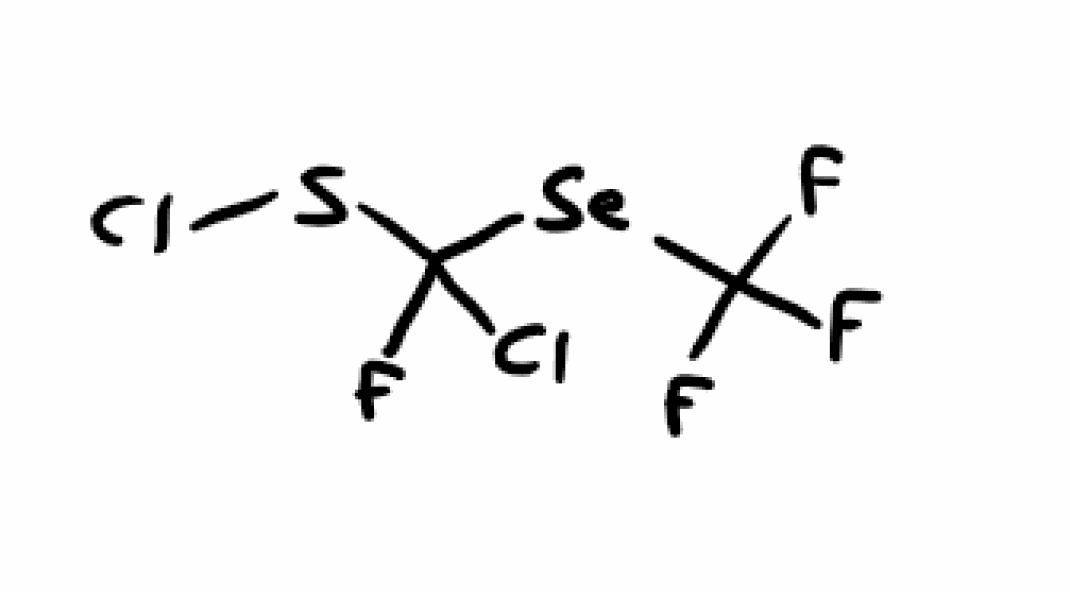
Simplified molecular-input line-entry system (SMILES) notation of the given molecule:
C(F)(F)(F)[Se]C(F)(SCl)Cl